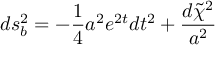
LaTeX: d s _ { b } ^ { 2 } = - \frac { 1 } { 4 } a ^ { 2 } e ^ { 2 t } d t ^ { 2 } + \frac { d \tilde { \chi } ^ { 2 } } { a ^ { 2 } }